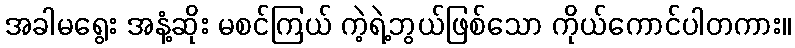
အခါမရွေး အနံ့ဆိုး မစင်ကြယ် ကဲ့ရဲ့ဘွယ်ဖြစ်သော ကိုယ်ကောင်ပါတကား။